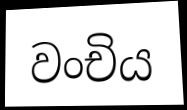
වංචිය